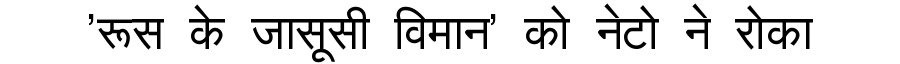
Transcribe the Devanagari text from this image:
'रूस के जासूसी विमान' को नेटो ने रोका